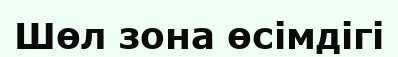
Шөл зона өсімдігі